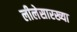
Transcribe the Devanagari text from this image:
लीलेसारख्या